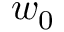
w _ { 0 }